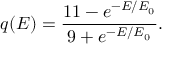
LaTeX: q ( E ) = \frac { 1 1 - e ^ { - E / E _ { 0 } } } { 9 + e ^ { - E / E _ { 0 } } } .